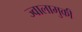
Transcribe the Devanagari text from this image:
ज्वालामुकी